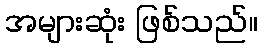
အများဆုံး ဖြစ်သည်။